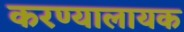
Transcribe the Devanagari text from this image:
करण्यालायक